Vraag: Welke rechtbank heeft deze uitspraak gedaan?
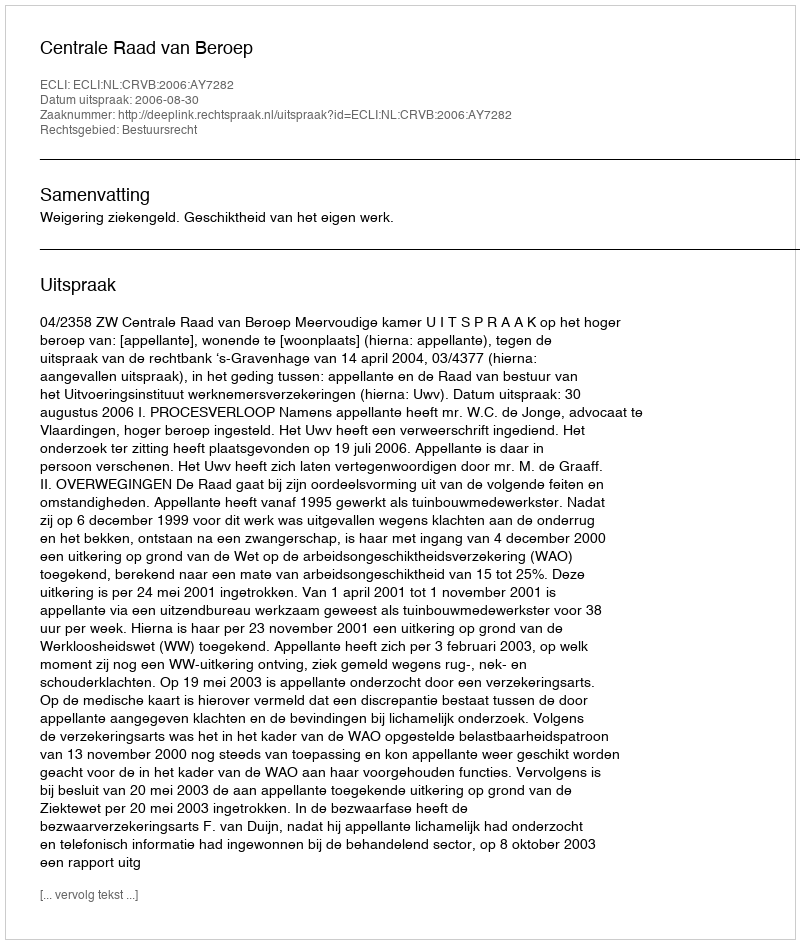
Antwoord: Centrale Raad van Beroep